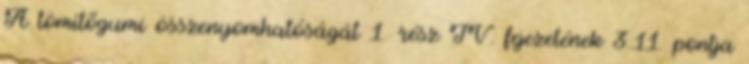
A tömítõgumi összenyomhatóságát 1. rész IV. fejezetének 3.11. pontja